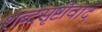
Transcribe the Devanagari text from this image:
शब्दसृष्टीवाद